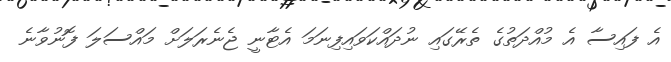
އެ ފައިސާ އެ މުއްދަތުގެ ތެރޭގައި ނުދައްކަވައިފިނަމަ އެޓާނީ ޖެނެރަލަށް މައްސަލަ ފޮނުވާނެ